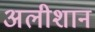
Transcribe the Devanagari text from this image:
अलीशान